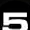
Digit: 5